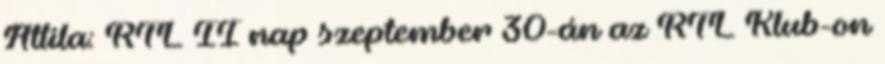
Attila: RTL II nap szeptember 30-án az RTL Klub-on